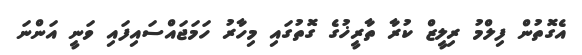
އެގޮތުން ފިލްމު ރިލީޒް ކުރާ ތާރީޚުގެ ގޮތުގައި މިހާރު ހަމަޖައްސައިފައި ވަނީ އަންނަ